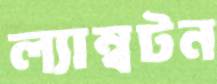
ল্যাম্বটন